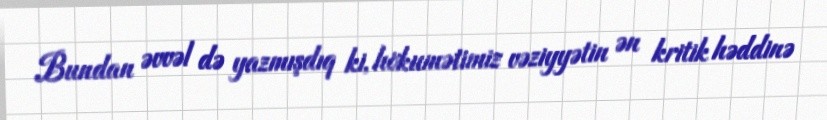
Bundan əvvəl də yazmışdıq ki, hökumətimiz vəziyyətin ən kritik həddinə